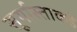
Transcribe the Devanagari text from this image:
सूर्यास्ताकडे